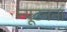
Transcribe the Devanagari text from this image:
न्यूटनना